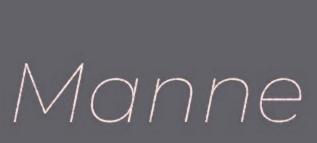
Manne